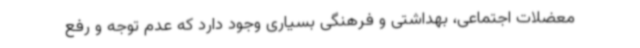
معضلات اجتماعی، بهداشتی و فرهنگی بسیاری وجود دارد که عدم توجه و رفع